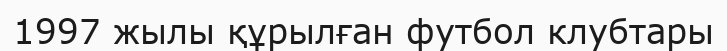
1997 жылы құрылған футбол клубтары